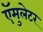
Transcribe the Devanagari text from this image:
ऍमुलेटर